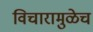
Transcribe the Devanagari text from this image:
विचारामुळेच